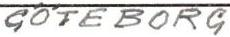
GÖTEBORG